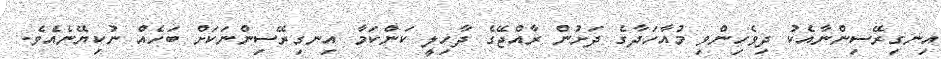
އިނގިރޭސިންނާއެކު ދިވެހިންވި މުއާހަދާގެ ދަށުން ރާއްޖޭގެ ދާހިލީ ކަންކަމާ އިނގިރޭސިންނަކަށް ބަހެއް ނުކިޔޭނެއެވެ.